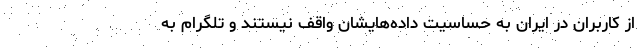
از کاربران در ایران به حساسیت داده‌هایشان واقف نیستند و تلگرام به